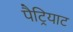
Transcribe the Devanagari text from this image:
पैट्रियाट